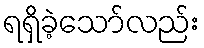
ရရှိခဲ့သော်လည်း